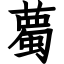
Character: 薥